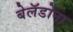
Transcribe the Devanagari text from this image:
बेलॅडोना